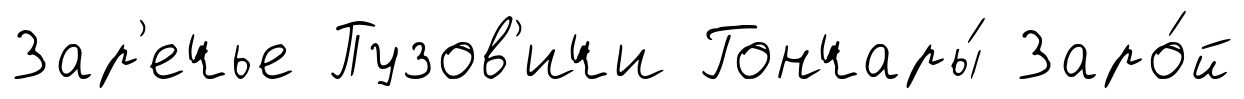
Зар'ечье Пузов'ичи Гончары́ Заро́й